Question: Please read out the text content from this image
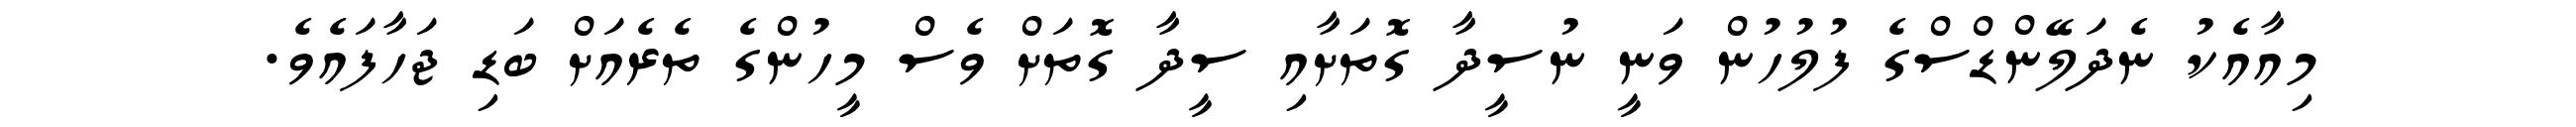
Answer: މިއާއެކު ނެދަލޭންޑްސްގެ ފުލުހުން ވަނީ ނުސީދާ ގޮތަށާއި ސީދާ ގޮތަށް ވެސް މީހުންގެ ތެރެއަށް ބަޑި ޖަހާފައެވެ.